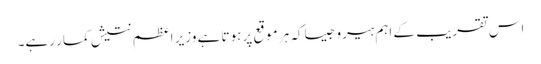
اس تقریب کے اہم ہیرو جیساکہ ہر موقع پر ہوتا ہے وزیر اعظم نتیش کمار رہے۔